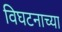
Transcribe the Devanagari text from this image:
विघटनाच्या